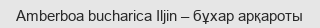
Amberboa bucharica Iljin – бұхар арқароты